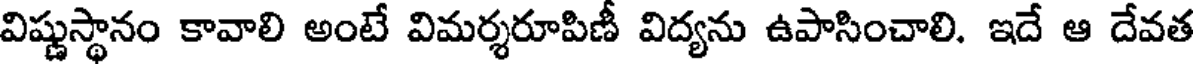
విష్ణుస్థానం కావాలి అంటే విమర్శరూపిణీ విద్యను ఉపాసించాలి. ఇదే ఆ దేవత